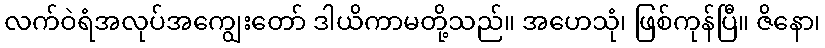
လက်ဝဲရံအလုပ်အကျွေးတော် ဒါယိကာမတို့သည်။ အဟေသုံ၊ ဖြစ်ကုန်ပြီ။ ဇိနော၊